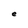
Character: e